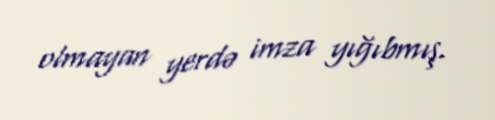
olmayan yerdə imza yığıbmış.